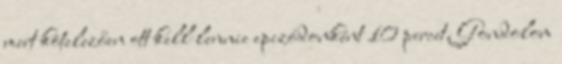
mert kötelezően ott kell lennie epizódonként 10 percet. Gondolom